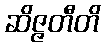
ဆိဇ္ဇတီတိ